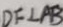
D F \bot A B